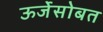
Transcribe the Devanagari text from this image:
ऊर्जेसोबत